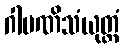
ဂါမဏိသံယုတ္တံ